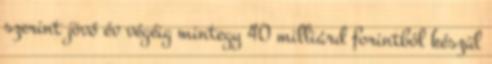
szerint jövő év végéig mintegy 40 milliárd forintból készül